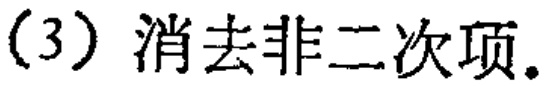
（3）消去非二次项.